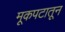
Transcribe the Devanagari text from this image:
मूकपटातून